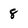
Character: 8